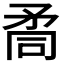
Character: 𥍩